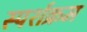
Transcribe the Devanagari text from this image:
स्पर्शक्रम